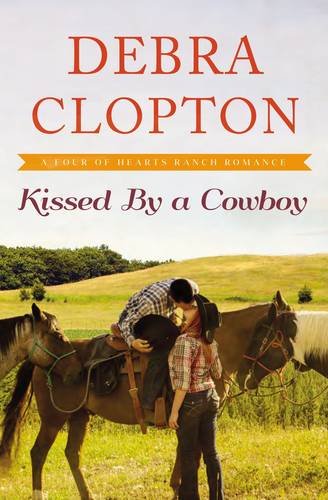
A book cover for Kissed by a Cowboy (A Four of Hearts Ranch Romance); Debra Clopton; Christian Books & Bibles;